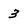
Character: 3